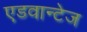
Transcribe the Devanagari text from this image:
एडवान्टेज